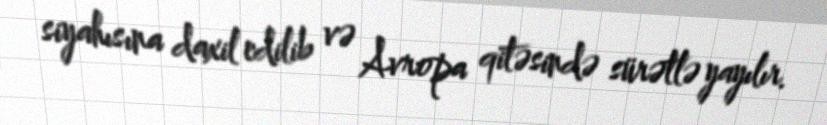
siyahısına daxil edilib və Avropa qitəsində sürətlə yayılır.